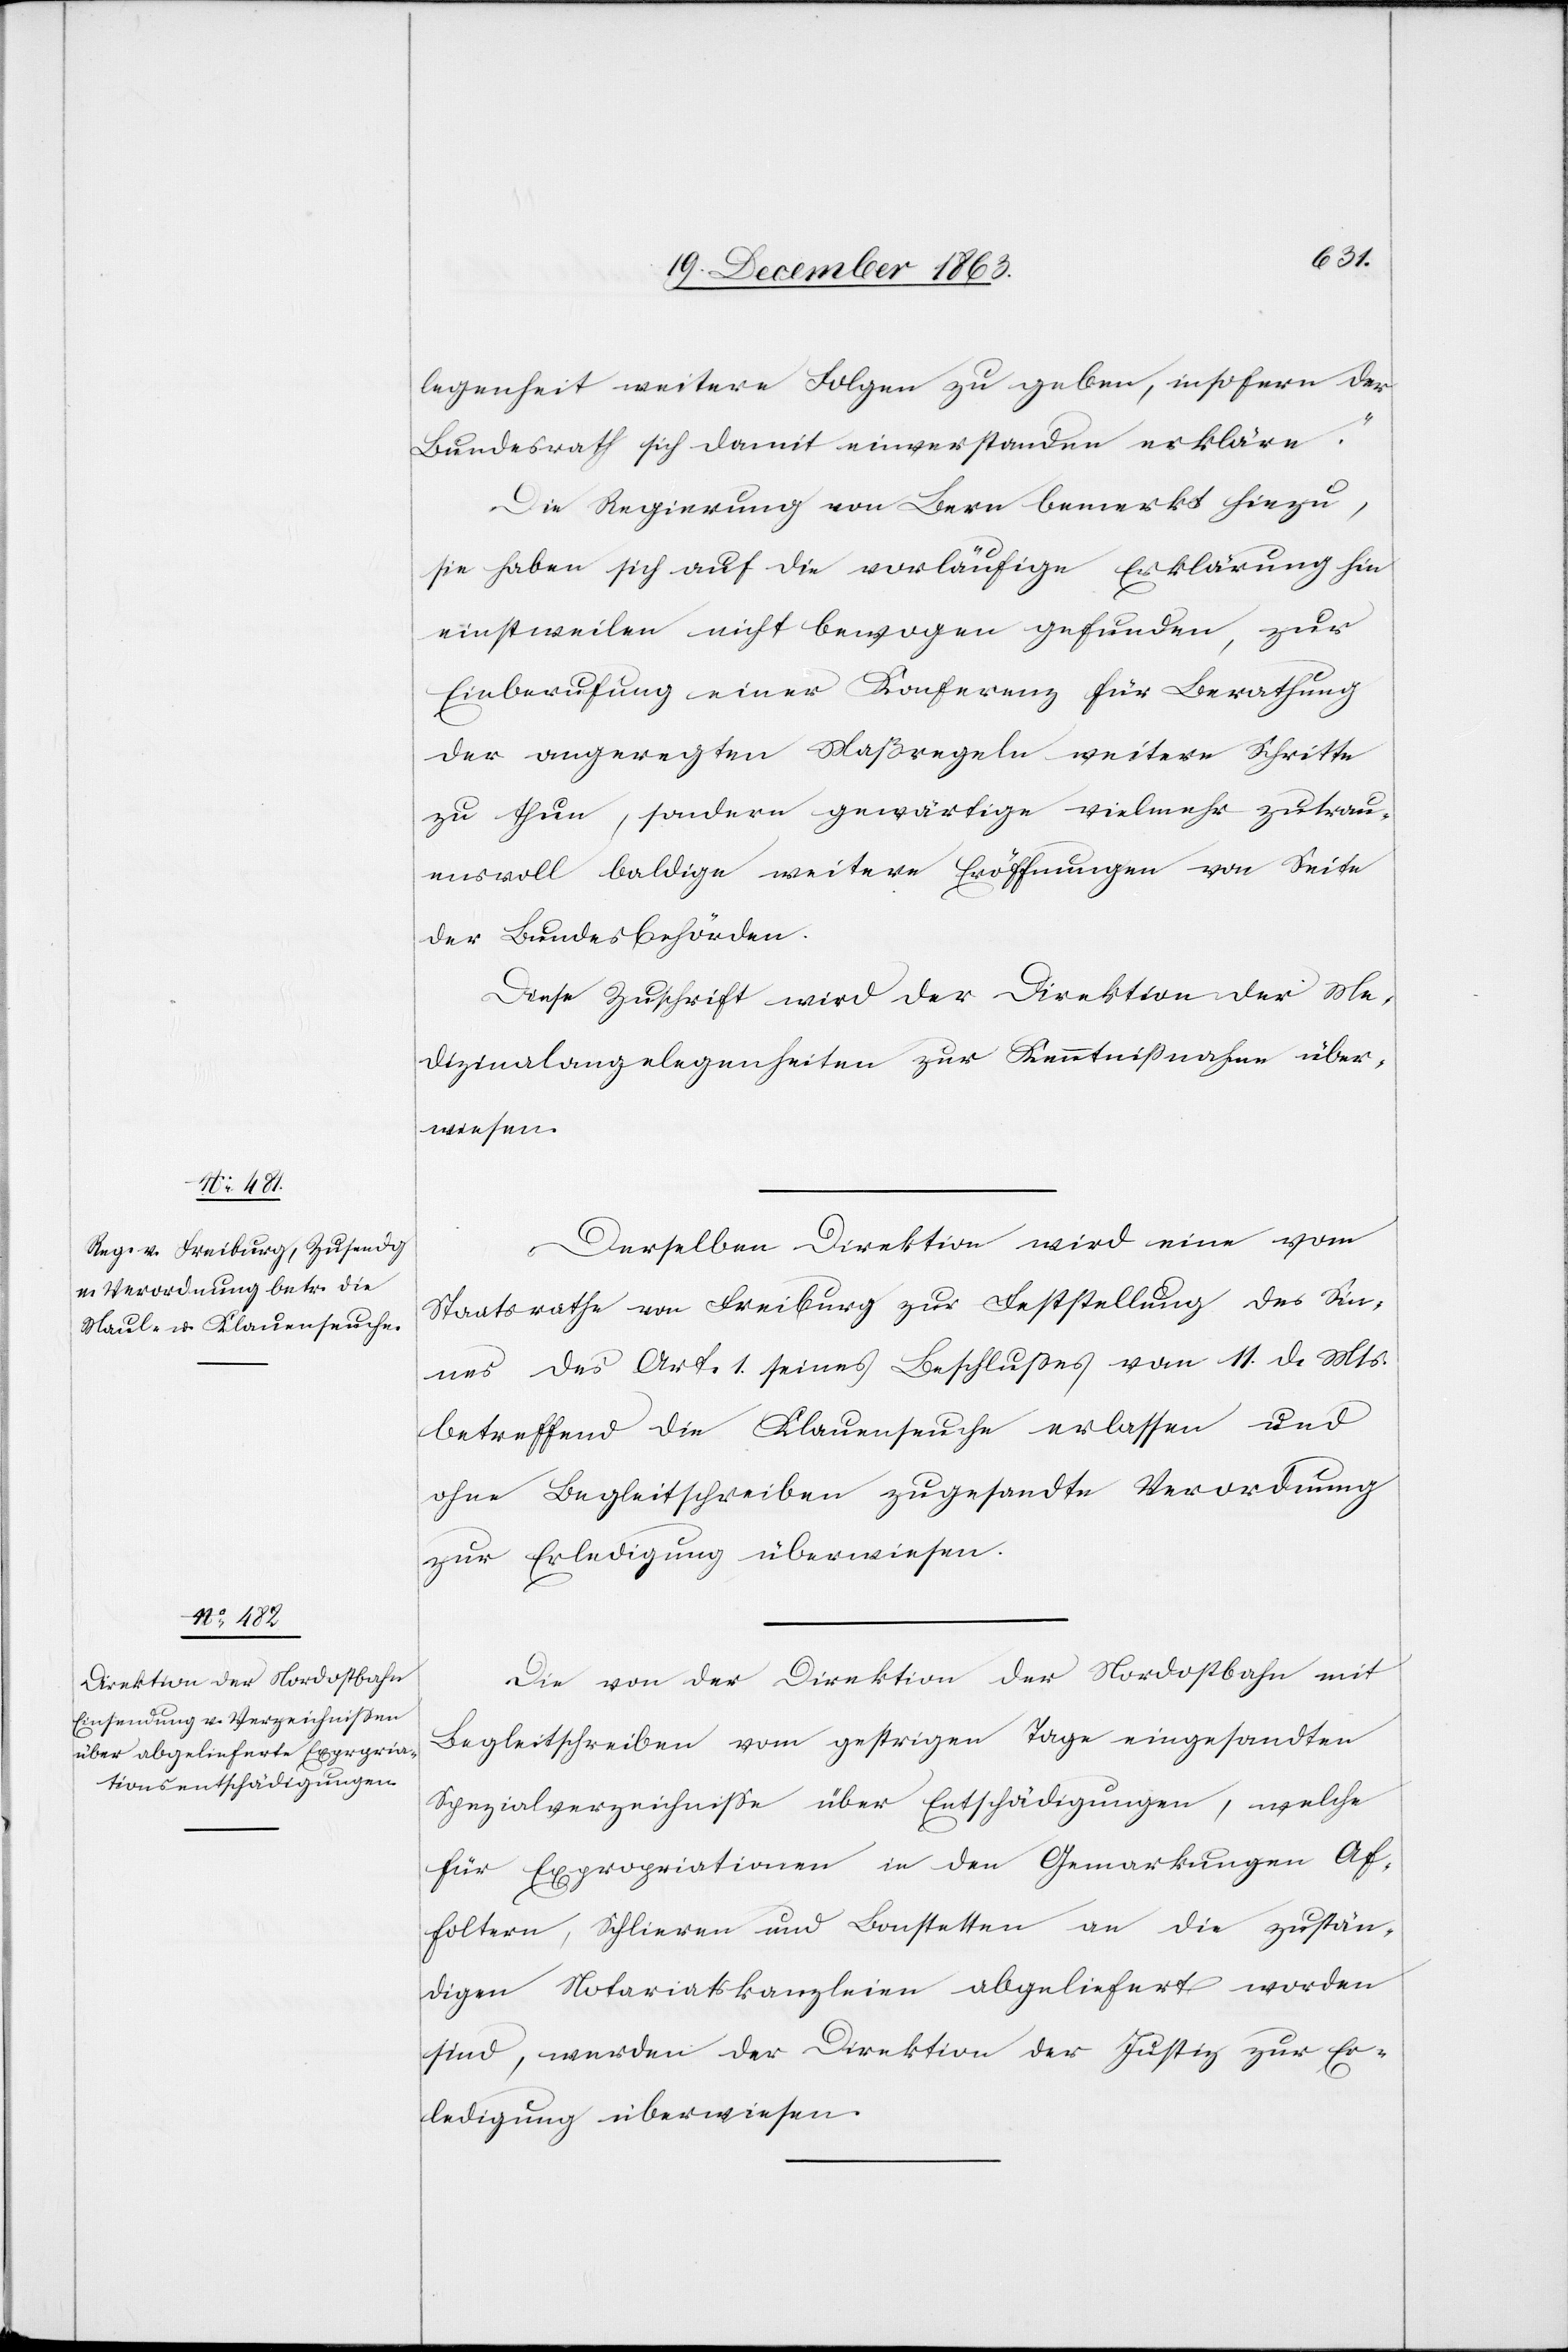
24. December 1863.]
legenheit weitere Folgen zu geben, insofern der
Bundesrath sich damit einverstanden erkläre.“
Die Regierung von Bern bemerkt hiezu,
sie haben sich auf die vorläufige Erklärung hin
einstweilen nicht bewogen gefunden, zur
Einberufung einer Konferenz für Berathung
der angeregten Maßregeln weitere Schritte
zu thun, sondern gewärtige vielmehr zutrau¬
ensvoll baldige weitere Eröffnungen von Seite
der Bundesbehörden.
Diese Zuschrift wird der Direktion der Me¬
dizinalangelegenheiten zur Kenntnißnahme über¬
wiesen.
Derselben Direktion wir eine vom
Staatsrathe von Freiburg zur Feststellung des Sin¬
nes des Art. 1. seines Beschlusse vom 11. d. Mts.
betreffend die Klauenseuche erlassen und
ohne Begleitschreiben zugesandte Verordnung
zur Erledigung überwiesen.
Die von der Direktion der Nordostbahn mit
Begleitschreiben vom gestrigen Tage eingesandten
Spezialverzeichnisse über Entschädigungen, welche
für Expropriationen in den Gemarkungen Af¬
foltern, Schlieren und Bonstetten an die zustän¬
digen Notariatskanzleien abgeliefert worden
sind, werden der Direktion der Justiz zur Er¬
ledigung überwiesen.